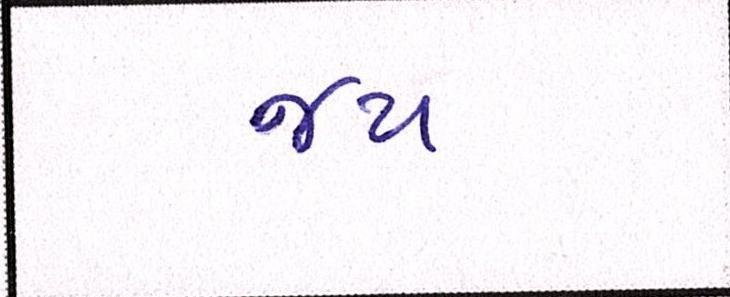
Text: જય